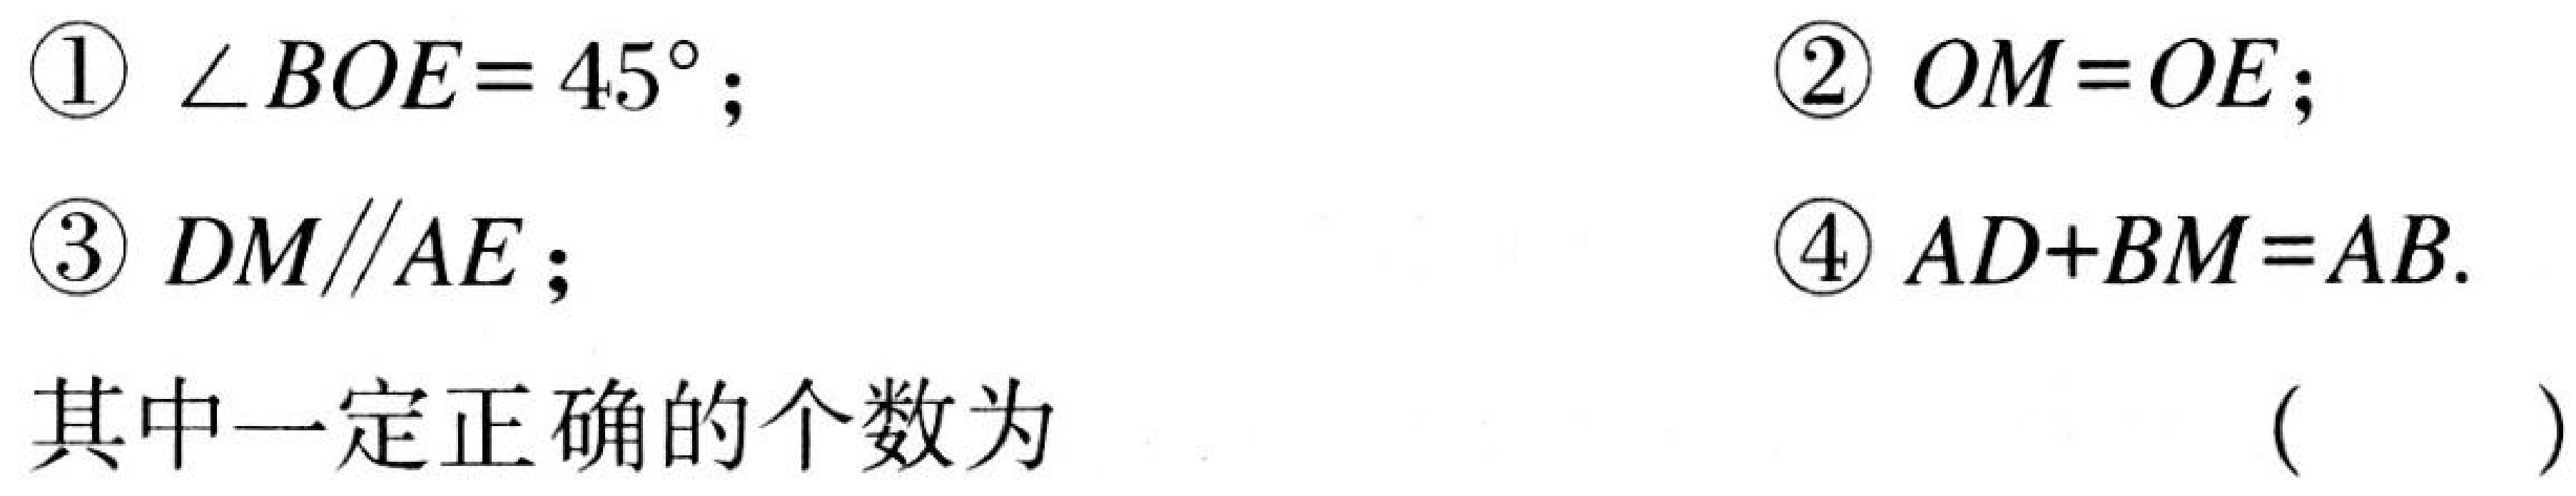
\begin{enumerate}
\item $\angle BOE = 45^{\circ}$;
\item $OM = OE$;
\item $DM\parallel AE$;
\item $AD + BM=AB$.
\end{enumerate}
其中一定正确的个数为（  ）